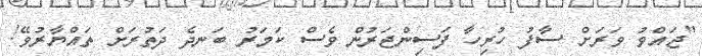
"ޖައްވު ވަރަށް ސާފު ހުރިހާ ފަސިންޖަރުން ވެސް ކަމަރު ބަނދެ ދަތުރަށް ތައްޔާރުވޭ!